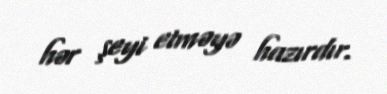
hər şeyi etməyə hazırdır.